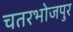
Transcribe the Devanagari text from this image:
चतरभोजपुर